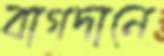
বাগদানে